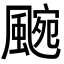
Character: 𮨯